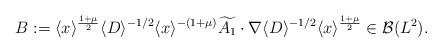
LaTeX: \begin{align*}B:=\langle x\rangle^{\frac{1+\mu}{2}}\langle D\rangle^{-1/2}\langle x\rangle^{-(1+\mu)} \widetilde{A_1}\cdot\nabla \langle D\rangle^{-1/2}\langle x\rangle^{\frac{1+\mu}{2}}\in\mathcal{B}(L^2).\end{align*}